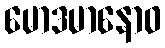
မောဒမာနောဝ